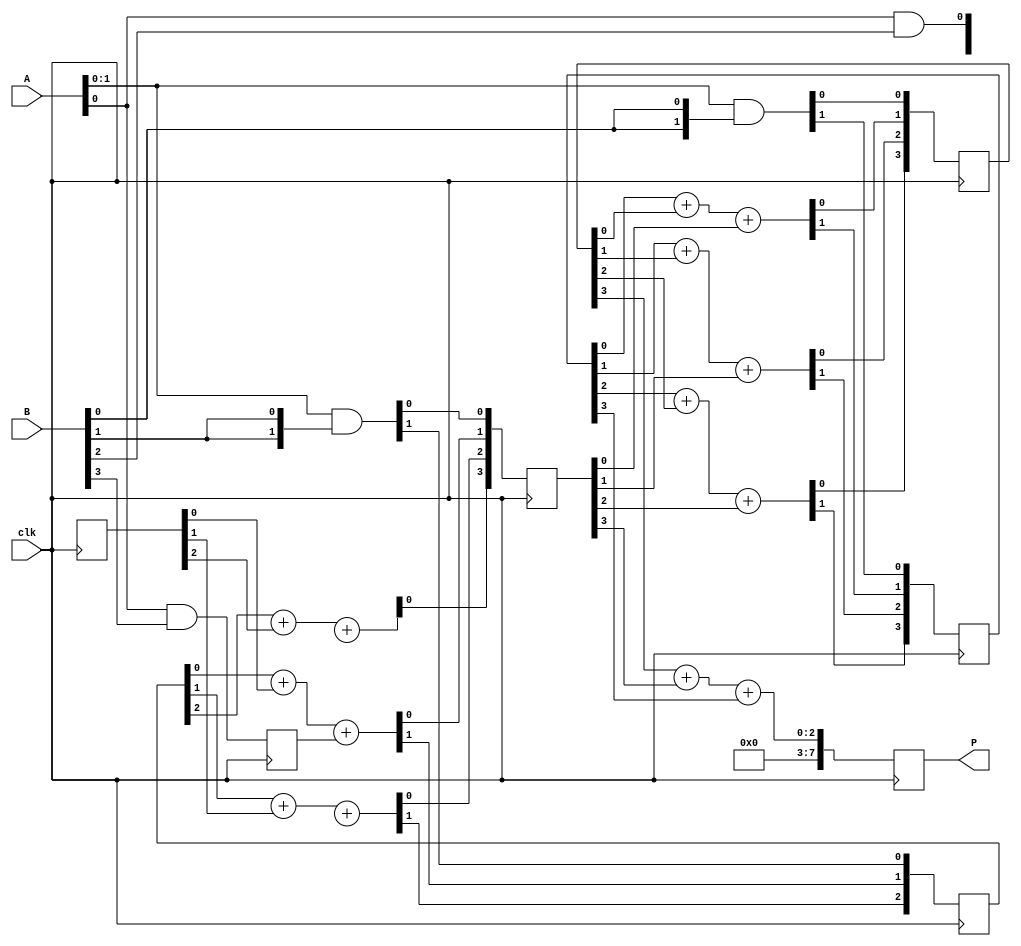
module WallaceTreeMultiplier #(parameter N = 4) (
    input  [N-1:0] A,   // First operand
    input  [N-1:0] B,   // Second operand
    input  clk,         // Clock signal
    output reg [2*N-1:0] P // Product output
);

    // Intermediate signals
    wire [N-1:0] pp [0:N-1];  // Partial products
    wire [N-1:0] sum [0:N-1];  // Sum outputs from adders
    wire [N-1:0] carry [0:N-1]; // Carry outputs from adders

    // Generate Partial Products
    generate
        genvar i, j;
        for (i = 0; i < N; i = i + 1) begin : PARTIAL_PRODUCT_GEN
            assign pp[i] = A & {N{B[i]}};
        end
    endgenerate

    // Wallace Tree Reduction
    integer row, col;
    always @(posedge clk) begin
        // Initializing the first stage of addition
        for (row = 0; row < N; row = row + 1) begin
            {carry[row][0], sum[row][0]} <= pp[row];
        end

        // Wallace tree addition stages
        for (col = 0; col < N-1; col = col + 1) begin
            for (row = 0; row < (N + 2) / 2; row = row + 1) begin
                if (row*2 + 1 < N) begin
                    // Use Full Adder for three inputs: two bits and a carry
                    {carry[row][col+1], sum[row][col+1]} <= 
                        carry[row][col] + sum[row*2][col] + sum[row*2 + 1][col];
                end else begin
                    // If only one bit is left, just carry it down
                    carry[row][col+1] <= carry[row][col];
                    sum[row][col+1] <= sum[row*2][col];
                end
            end
        end

        // Final Addition of the last two sums
        P <= sum[0][N-1] + sum[1][N-1] + carry[0][N-1];
    end

endmodule